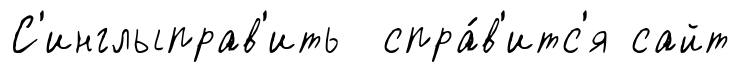
С'инглыправ'ить спра́в'итс'я сайт